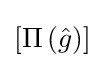
\left[\Pi \left({\hat {g}}\right)\right]